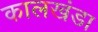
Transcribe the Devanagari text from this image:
कालखंडा